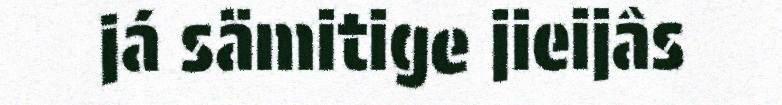
já sämitige jieijâs